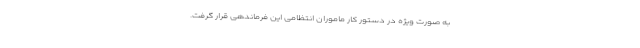
به صورت ویژه در دستور کار ماموران انتظامی این فرماندهی قرار گرفت.